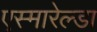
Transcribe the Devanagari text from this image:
एस्मारेल्डा